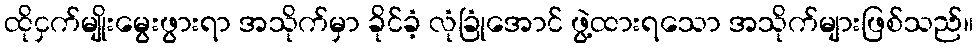
ထိုငှက်မျိုးမွေးဖွားရာ အသိုက်မှာ ခိုင်ခံ့ လုံခြုံအောင် ဖွဲ့ထားရသော အသိုက်များဖြစ်သည်။